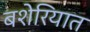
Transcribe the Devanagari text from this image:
बशेरियात